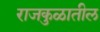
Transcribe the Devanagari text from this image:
राजकुळातील